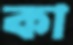
কা